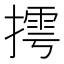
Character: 摴